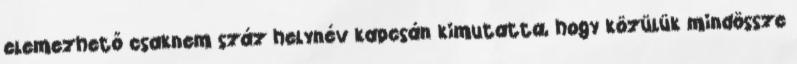
elemezhető csaknem száz helynév kapcsán kimutatta, hogy közülük mindössze